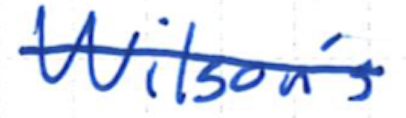
Text: Wilson's
Cross-out: single-line
Writing tool: ballpoint